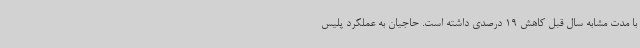
با مدت مشابه سال قبل کاهش 19 درصدی داشته است. حاجیان به عملکرد پلیس